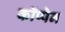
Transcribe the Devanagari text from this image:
कॉप्पेन